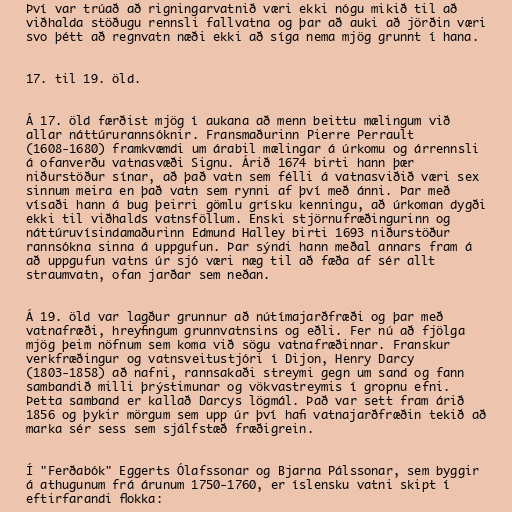
Því var trúað að rigningarvatnið væri ekki nógu mikið til að
viðhalda stöðugu rennsli fallvatna og þar að auki að jörðin væri
svo þétt að regnvatn næði ekki að síga nema mjög grunnt í hana.

17. til 19. öld.

Á 17. öld færðist mjög í aukana að menn beittu mælingum við
allar náttúrurannsóknir. Fransmaðurinn Pierre Perrault
(1608-1680) framkvæmdi um árabil mælingar á úrkomu og árrennsli
á ofanverðu vatnasvæði Signu. Árið 1674 birti hann þær
niðurstöður sínar, að það vatn sem félli á vatnasviðið væri sex
sinnum meira en það vatn sem rynni af því með ánni. Þar með
vísaði hann á bug þeirri gömlu grísku kenningu, að úrkoman dygði
ekki til viðhalds vatnsföllum. Enski stjörnufræðingurinn og
náttúruvísindamaðurinn Edmund Halley birti 1693 niðurstöður
rannsókna sinna á uppgufun. Þar sýndi hann meðal annars fram á
að uppgufun vatns úr sjó væri næg til að fæða af sér allt
straumvatn, ofan jarðar sem neðan.

Á 19. öld var lagður grunnur að nútímajarðfræði og þar með
vatnafræði, hreyfingum grunnvatnsins og eðli. Fer nú að fjölga
mjög þeim nöfnum sem koma við sögu vatnafræðinnar. Franskur
verkfræðingur og vatnsveitustjóri í Dijon, Henry Darcy
(1803-1858) að nafni, rannsakaði streymi gegn um sand og fann
sambandið milli þrýstimunar og vökvastreymis í gropnu efni.
Þetta samband er kallað Darcys lögmál. Það var sett fram árið
1856 og þykir mörgum sem upp úr því hafi vatnajarðfræðin tekið að
marka sér sess sem sjálfstæð fræðigrein.

Í "Ferðabók" Eggerts Ólafssonar og Bjarna Pálssonar, sem byggir
á athugunum frá árunum 1750-1760, er íslensku vatni skipt í
eftirfarandi flokka: